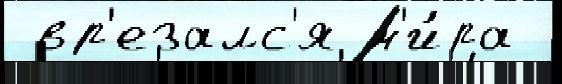
 вр'езалс'я м'и́ра